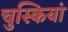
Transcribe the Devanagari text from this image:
चुस्कियां